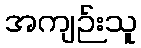
အကျဉ်းသူ